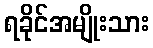
ရခိုင်အမျိုးသား